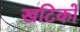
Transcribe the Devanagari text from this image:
खटिकों